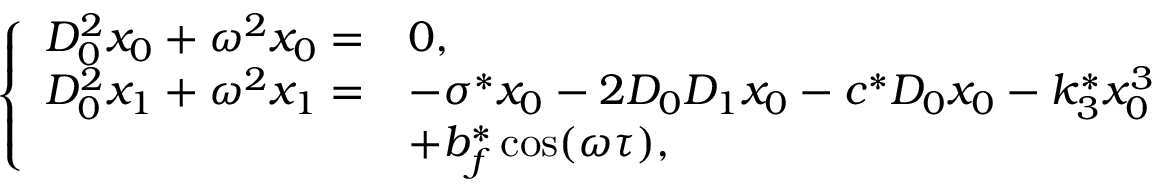
\left\{ \begin{array} { r l } { D _ { 0 } ^ { 2 } x _ { 0 } + \omega ^ { 2 } x _ { 0 } = } & { 0 , } \\ { D _ { 0 } ^ { 2 } x _ { 1 } + \omega ^ { 2 } x _ { 1 } = } & { - \sigma ^ { * } x _ { 0 } - 2 D _ { 0 } D _ { 1 } x _ { 0 } - c ^ { * } D _ { 0 } x _ { 0 } - k _ { 3 } ^ { * } x _ { 0 } ^ { 3 } } \\ & { + b _ { f } ^ { * } \cos ( \omega \tau ) , } \end{array} \right.